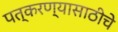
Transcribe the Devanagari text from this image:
पत्करण्यासाठीचे